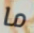
ما